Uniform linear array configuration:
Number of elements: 8
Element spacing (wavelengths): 1
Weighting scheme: hamming
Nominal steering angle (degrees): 30
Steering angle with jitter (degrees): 29.593
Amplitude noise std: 0.05
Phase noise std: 0.05

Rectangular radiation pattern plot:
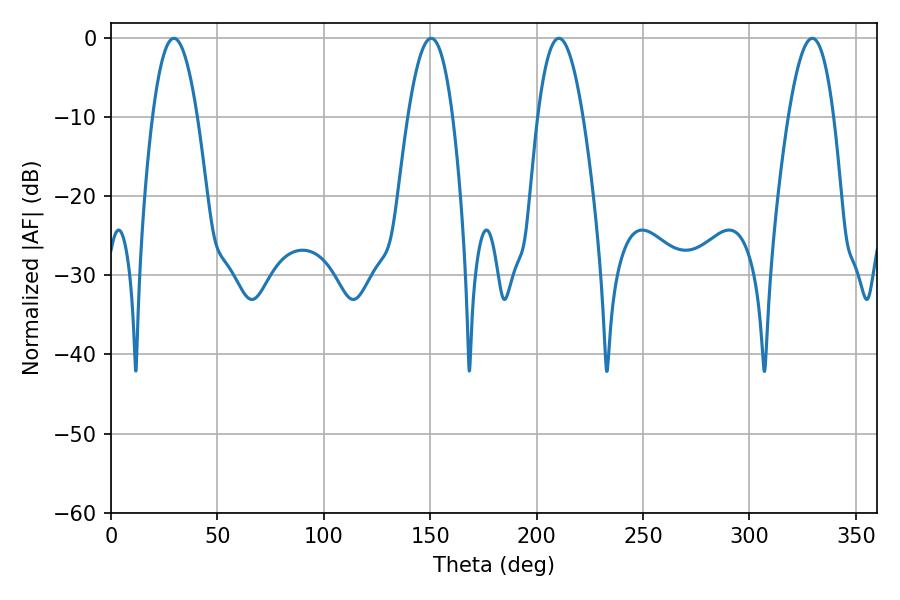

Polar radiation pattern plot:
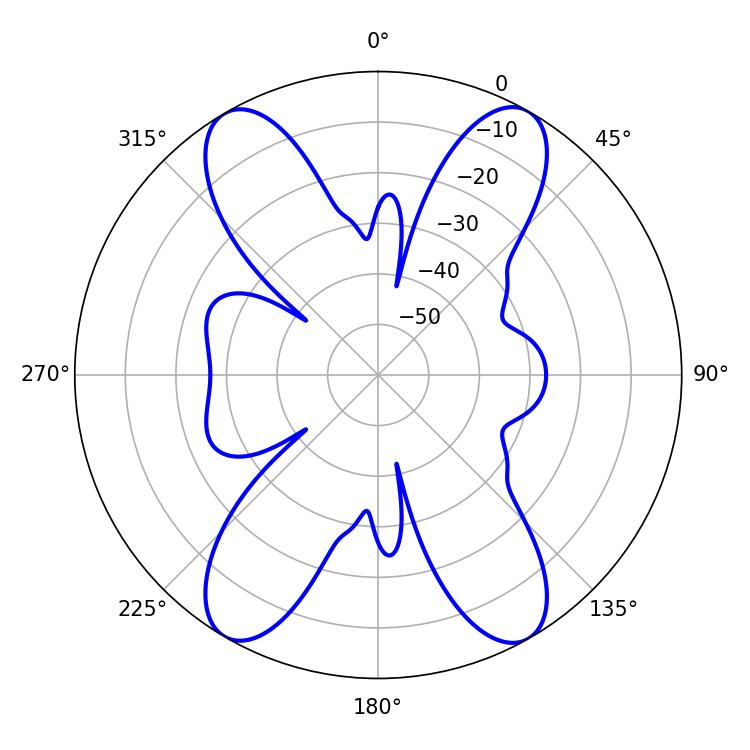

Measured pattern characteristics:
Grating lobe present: TRUE
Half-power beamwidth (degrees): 11.52
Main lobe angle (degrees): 29.52